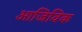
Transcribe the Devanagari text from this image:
आजिविक